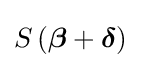
S\left({\boldsymbol {\beta }}+{\boldsymbol {\delta }}\right)